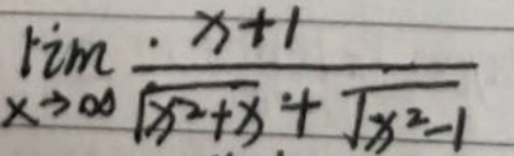
$\lim_{x \to \infty} \frac{x + 1}{\sqrt{x^2 + x^2} + \sqrt{x^2 - 1}}$